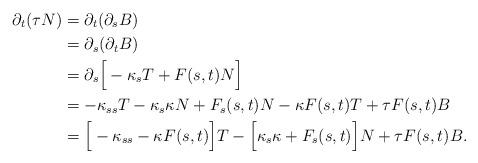
LaTeX: \begin{align*}\partial_{t}(\tau N) &=\partial_{t}(\partial_{s}B)\\&= \partial_{s}(\partial_{t}B)\\&= \partial_{s}\Big[-\kappa_{s}T+F(s,t)N\Big]\\&= -\kappa_{ss}T-\kappa_{s}\kappa N+F_{s}(s,t)N-\kappa F(s,t) T+\tau F(s,t) B\\&= \Big[-\kappa_{ss}-\kappa F(s,t)\Big]T - \Big[\kappa_{s}\kappa+F_{s}(s,t)\Big]N+\tau F(s,t)B.\end{align*}